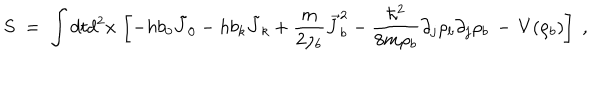
S \; = \; \int d t d ^ { 2 } x \, \left[ - h b _ { 0 } { \tilde { J } } _ { 0 } - h b _ { k } { \tilde { J } } _ { k } + \frac { m } { 2 \rho _ { b } } { \vec { J } } _ { b } ^ { 2 } - \frac { \hbar ^ { 2 } } { 8 m \rho _ { b } } \partial _ { j } \rho _ { b } \partial _ { j } \rho _ { b } \, - \, V ( \rho _ { b } ) \right] \; ,